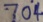
7 0 4